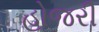
હોજરી